Vaccination in the Punjab 1919-1929 - 1919-1929
Year: 1919
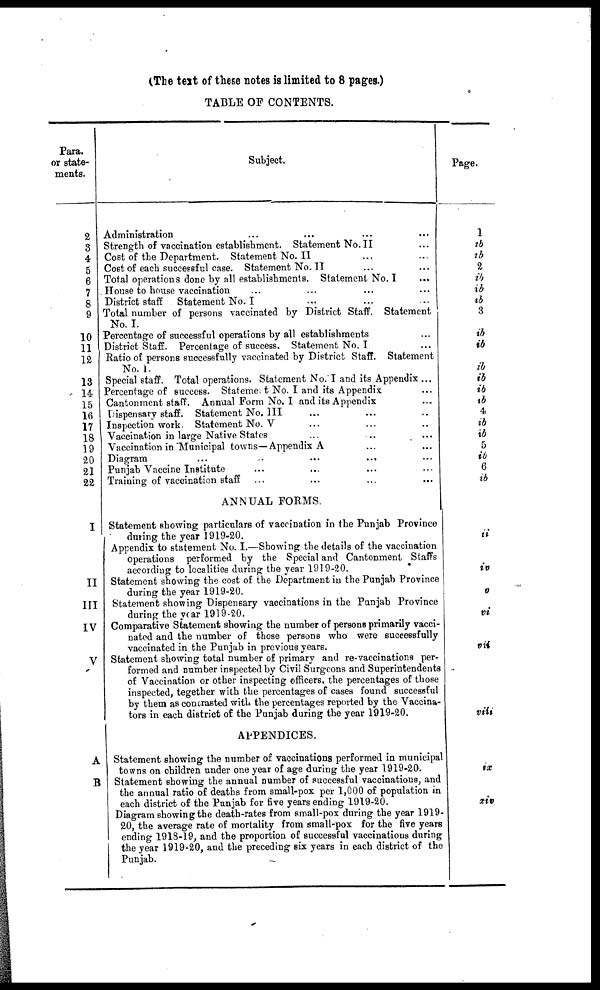
(The text of these notes is limited to 8 pages.)
TABLE OF CONTENTS.
Para.
or state-
ments.
2
3
4
5
6
7
8
9
10
11
12
13
14
15
16
17
18
19
20
21
22
I
II
III
IV
V
A
B
Subject.
Administration ... ... ... ...
Strength of vaccination establishment. Statement No.II ...
Cost of the Department. Statement No.II ... ...
Cost of each successful case. Statement No. II ... ...
Total operations done by all establishments. Statement No. I ...
House to house vaccination ... ... ... ...
District staff
Statement No. I ... ... ...
Total number of persons vaccinated by District Staff. Statement
No. I.
Percentage of successful operations by all establishments ...
District Staff. Percentage of success. Statement No. I ...
Ratio of persons successfully vaccinated by District Staff. Statement
No. 1.
Special staff. Total operations. Statement No. I and its Appendix ...
Percentage of success. Statement No. I and its Appendix ...
Cantonment staff. Annual Form No. I and its Appendix ...
Dispensary staff. Statement No. III ... ... ...
Inspection work. Statement No. V ... ... ...
Vaccination in large Native States ... ... ...
Vaccination in Municipal towns—Appendix A ... ...
Diagram ... ... ... ... ...
Punjab Vaccine Institute ... ... ... ...
Training of vaccination staff ... ... ... ...
ANNUAL FORMS.
Statement showing particulars of vaccination in the Punjab Province
during the year 1919-20.
Appendix to statement No. I.—Showing the details of the vaccination
operations performed by the Special and Cantonment Staffs
according to localities during the year 1919-20.
Statement showing the cost of the Department in the Punjab Province
during the year 1919-20.
Statement showing Dispensary vaccinations in the Punjab Province
during the year 1919-20.
Comparative Statement showing the number of persons primarily vacci-
nated and the number of those persons who were successfully
vaccinated in the Punjab in previous years.
Statement showing total number of primary and re-vaccinations per-
formed and number inspected by Civil Surgeons and Superintendents
of Vaccination or other inspecting officers, the percentages of those
inspected, tegether with the percentages of cases found successful
by them as contrasted with the percentages reported by the Vaccina-
tors in each district of the Punjab during the year 1919-20.
APPENDICES.
Statement showing the number of vaccinations performed in municipal
towns on children under one year of age during the year 1919-20.
Statement showing the annual number of successful vaccinations, and
the annual ratio of deaths from small-pox per 1,000 of population in
each district of the Punjab for five years ending 1919-20.
Diagram showing the death-rates from small-pox during the year 1919-
20, the average rate of mortality from small-pox for the five years
1 ending 1918-19, and the proportion of successful vaccinations during
the year 1919-20, and the preceding six years in each district of the
Punjab.
Page.
1
ib
ib
2
ib
ib
ib
3
ib
ib
ib
ib
ib
ib
4
ib
ib
5
ib
6
ib
ii
iv
v
vi
vii
viii
ix
xiv